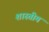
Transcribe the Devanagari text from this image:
शास्तीय